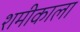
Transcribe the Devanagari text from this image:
शमीकाला